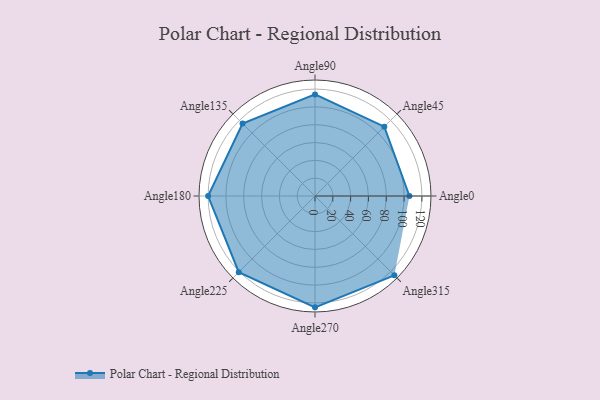
{"axis": {"x": "Angle", "y": "Radius"}, "legend": [""], "data": [{"x": "Angle0", "y": 106.0, "type": ""}, {"x": "Angle45", "y": 110.0, "type": ""}, {"x": "Angle90", "y": 114.0, "type": ""}, {"x": "Angle135", "y": 115.0, "type": ""}, {"x": "Angle180", "y": 120.0, "type": ""}, {"x": "Angle225", "y": 121.0, "type": ""}, {"x": "Angle270", "y": 125.0, "type": ""}, {"x": "Angle315", "y": 126.0, "type": ""}]}